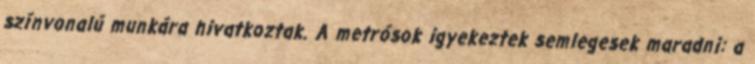
színvonalú munkára hivatkoztak. A metrósok igyekeztek semlegesek maradni: a